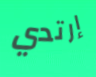
إرتدي